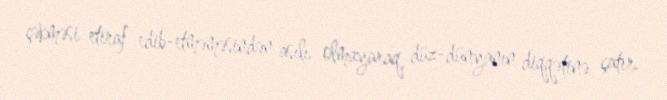
çəkməsi etiraf edib-etməməsindən asılı olmayaraq, düz-dünyanın diqqətinə çatır.